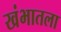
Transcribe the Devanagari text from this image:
खंभातला